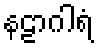
နဠာဂါရံ